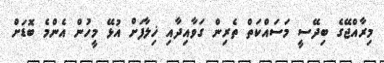
މިރާއްޖޭގެ ބިދޭސީ މަސައްކަތް ތެރިން ގަވާއިދާއި ޚިލާފަށް އުޅޭ މީހުން އެންމެ ބޮޑަށް